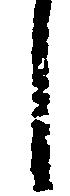
し